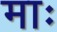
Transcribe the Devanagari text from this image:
माः